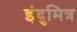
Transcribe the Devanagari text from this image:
इंदुमित्र